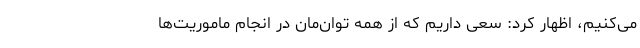
می‌کنیم، اظهار کرد: سعی داریم که از همه توان‌مان در انجام ماموریت‌ها